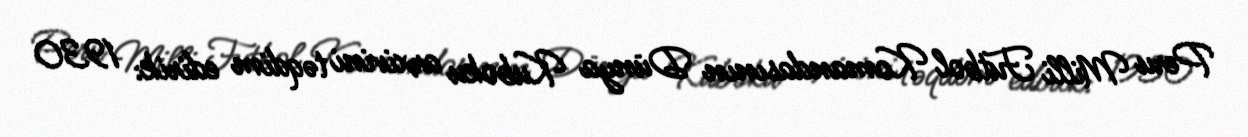
Peru Milli Futbol Komandasının Dünya Kuboku arxivini təqdim edirik: 1930